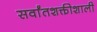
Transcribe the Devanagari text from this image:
सर्वांतशक्तीशाली